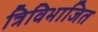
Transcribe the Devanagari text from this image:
त्रिविभाजित